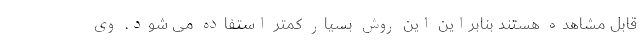
قابل مشاهده هستند بنابراین این روش بسیار کمتر استفاده می شود. وی